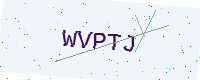
Text: WVPTJ